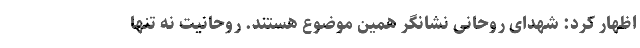
اظهار کرد: شهدای روحانی نشانگر همین موضوع هستند. روحانیت نه تنها